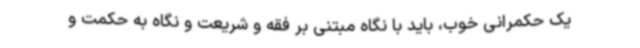
یک حکمرانی خوب، باید با نگاه مبتنی بر فقه و شریعت و نگاه به حکمت و